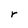
Character: r